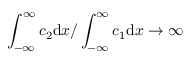
\int _ { - \infty } ^ { \infty } c _ { 2 } \mathrm { d } x / \int _ { - \infty } ^ { \infty } c _ { 1 } \mathrm { d } x \rightarrow \infty